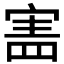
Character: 𡩜